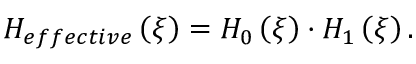
H _ { e f f e c t i v e } \left( \xi \right) = H _ { 0 } \left( \xi \right) \cdot H _ { 1 } \left( \xi \right) .